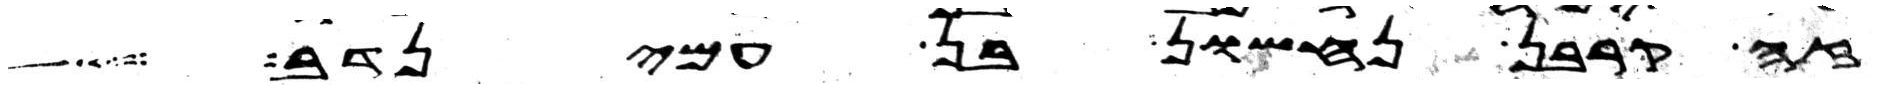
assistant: זה קרבן נחשון בן עמינדב